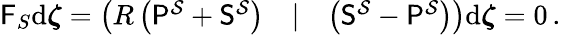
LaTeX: \begin{array}{r}{\mathsf{F}_{S}\mathrm{d}\boldsymbol{\zeta}=\left(\begin{array}{lll}{R\left(\mathsf{P}^{\mathcal{S}}+\mathsf{S}^{\mathcal{S}}\right)}&{|}&{\left(\mathsf{S}^{\mathcal{S}}-\mathsf{P}^{\mathcal{S}}\right)}\end{array}\right)\mathrm{d}\boldsymbol{\zeta}=0\, .}\end{array}